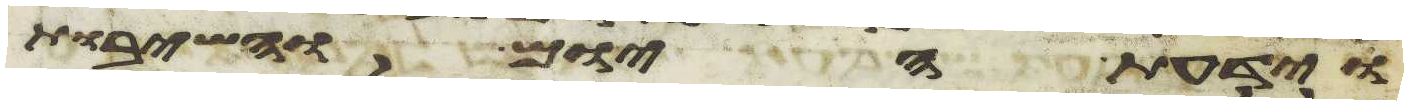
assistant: וידעת היום והשבות